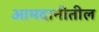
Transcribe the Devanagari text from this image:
आमदानीतील